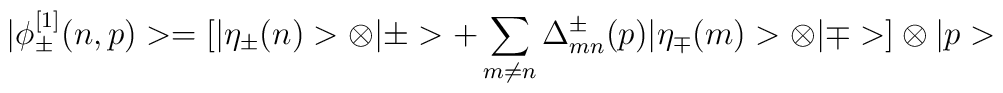
|\phi_\pm ^{[1]}(n,p)>= [|\eta_\pm (n) >\otimes |\pm> + \sum_{m\ne n}\Delta^{\pm}_{mn} (p) |\eta_\mp (m)>\otimes|\mp>]\otimes|p>